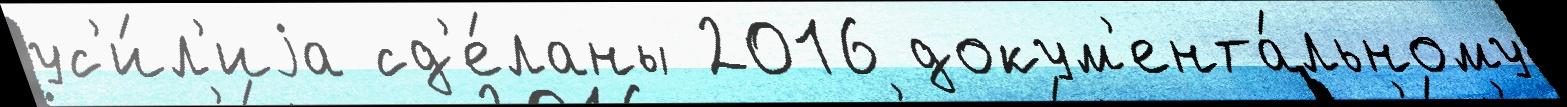
ус'и́л'иjа сд'е́ланы 2016 докум'ента́льному